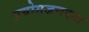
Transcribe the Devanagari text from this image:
प्रयोगजनवश